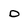
Character: 0